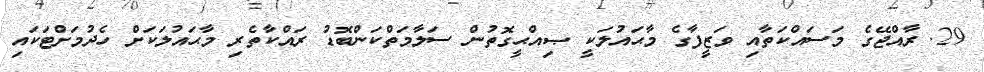
29. ރާއްޖޭގެ މަސައްކަތާއި ވަޒީފާގެ މާޙައުލަކީ ޞިއްޙީގޮތުން ސަލާމަތްކަންބޮޑު ރައްކާތެރި މާޙައުލަކަށް ހެދުމަށްޓަކައި